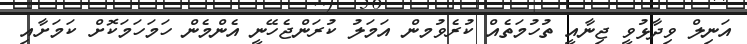
އަނިލް ވިދާޅުވީ ޖިނާއީ ތުހުމަތެއް ކުރެވުމން އަމަލު ކުރަންޖެހޭނީ އެންމެން ހަމަހަމަކޮށް ކަމަށާއި